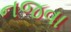
નજવા